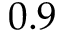
0 . 9